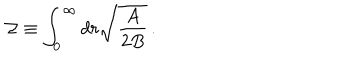
{ \cal Z } \equiv \int _ { 0 } ^ { \infty } d r \sqrt { { \frac { A } { 2 B } } } \, .